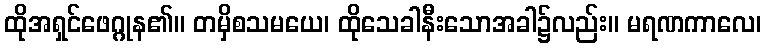
ထိုအရှင်ဖေဂ္ဂုန၏။ တမှိစသမယေ၊ ထိုသေခါနီးသောအခါ၌လည်း။ မရဏကာလေ၊